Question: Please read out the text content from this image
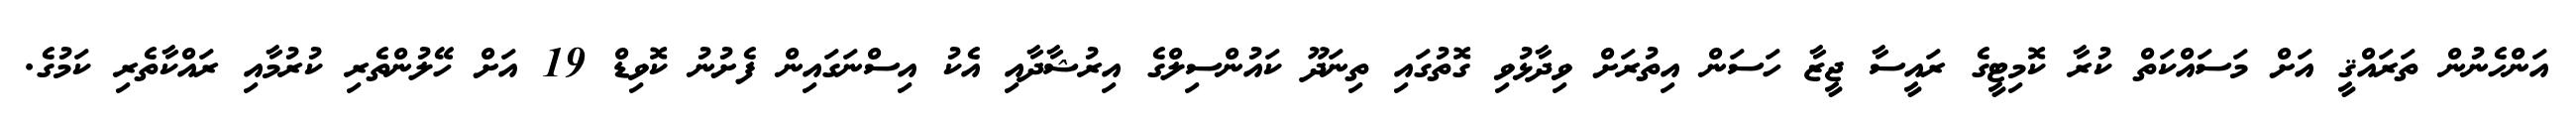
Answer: އަންހެނުން ތަރައްޤީ އަށް މަސައްކަތް ކުރާ ކޮމިޓީގެ ރައީސާ ޖީޒާ ހަސަން އިތުރަށް ވިދާޅުވި ގޮތުގައި ތިނަދޫ ކައުންސިލްގެ އިރުޝާދާއި އެކު އިސްނަގައިން ފެށުނު ކޮވިޑް 19 އަށް ހޭލުންތެރި ކުރުމާއި ރައްކާތެރި ކަމުގެ.